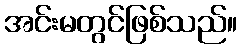
အင်းမတွင်ဖြစ်သည်။